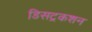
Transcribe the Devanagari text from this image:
डिसट्रकशन